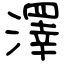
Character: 澤